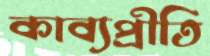
কাব্যপ্রীতি